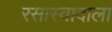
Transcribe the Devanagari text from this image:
रसास्वादाला